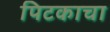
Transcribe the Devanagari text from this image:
पिटकाचा